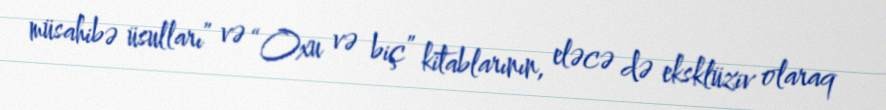
müsahibə üsulları” və “Oxu və biç” kitablarının, eləcə də eksklüziv olaraq